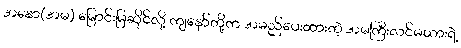
အနော(အမ) မြောင်းမြဆိုင်လို့ ကျနော်တို့က အမည်ပေးထားတဲ့ အမကြီးလင်မယားရဲ့